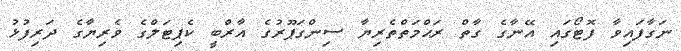
ނަގާފައިވާ ފޮޓޯގައި އޭނާގެ ގާތް ރަޙްމަތްތެރިޔާ ސިންގަޕޫރުގެ އާރްބީ ކެޕިޓަލްގެ ވެރިޔާގެ ދަރިފުޅު